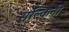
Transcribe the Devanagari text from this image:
सल्किनी